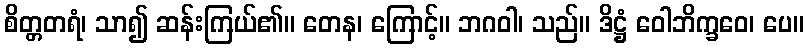
စိတ္တတရံ၊ သာ၍ ဆန်းကြယ်၏။ တေန၊ ကြောင့်။ ဘဂဝါ၊ သည်။ ဒိဋ္ဌံ ဝေါဘိက္ခဝေ၊ ပေ။